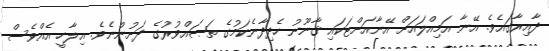
ދާއިރާގައެވެ. އޭނާ އަމިއްލައަށް އޭނާއަށްޓަކައި ޤާނޫނު ހެދިދާނެކަމުގެ ތަޞައްވުރުގެ ދަށުންނެވެ. އިލާހީ އެއްވެސް